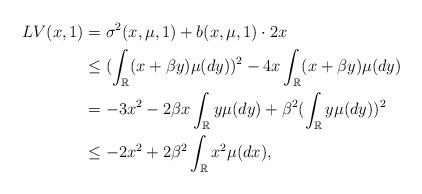
LaTeX: \begin{align*} LV(x, 1)& = \sigma^2( x, \mu, 1 )+ b( x, \mu, 1 )\cdot 2x \\& \leq (\int_{\mathbb R}(x+ \beta y)\mu(dy))^2 - 4x \int_{\mathbb R}(x+ \beta y)\mu(dy)\\& = -3x^2 -2\beta x\int_{\mathbb R} y \mu(dy) + \beta^2(\int_{\mathbb R} y\mu(dy))^2\\& \leq -2 x^2 +2\beta^2 \int_{\mathbb R} x^2 \mu(dx),\end{align*}